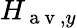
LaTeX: H_{\mathrm{~a~v~},y}